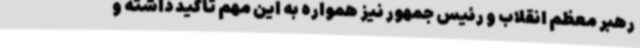
رهبر معظم انقلاب و رئیس جمهور نیز همواره به این مهم تاکید داشته و